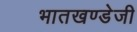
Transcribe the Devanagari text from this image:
भातखण्डेजी